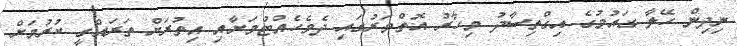
ނިދިން ހޭލާ ގައުމުގެ އިގްތިސާދު މިހާރު އޮތްވަރުގައި ދެމެހެއްޓުމަށާއި އިތުރަށް ތަރައްގީ ކުރުމަށް